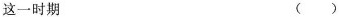
这一时期（ ）